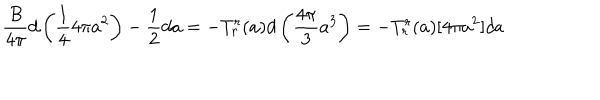
{ \frac { B } { 4 \pi } } d \left( { \frac { 1 } { 4 } } 4 \pi a ^ { 2 } \right) - { \frac { 1 } { 2 } } d a = - T _ { r } ^ { r } ( a ) d \left( { \frac { 4 \pi } { 3 } } a ^ { 3 } \right) = - T _ { r } ^ { r } ( a ) [ 4 \pi a ^ { 2 } ] d a